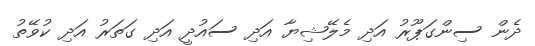
ދެން ސިންގަޕޫރު އަދި މެލޭޝިޔާ އަދި ސައުދީ އަދި ގަތަރު އަދި ކުވޭތު